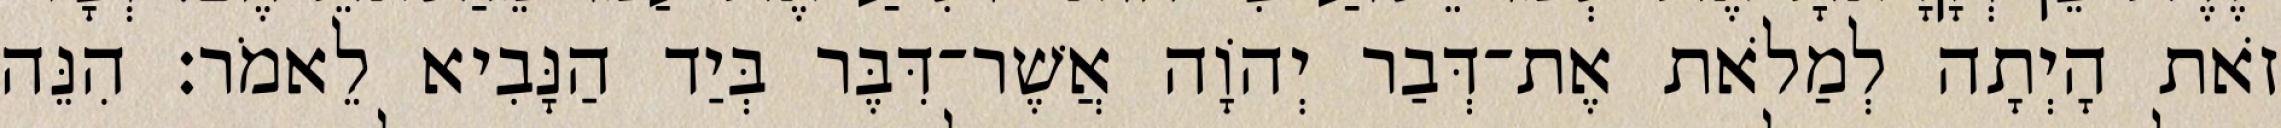
זֹאת הָיְתָה לְמַלֹאת אֶת־דְּבַר יְהוָֹה אֲשֶׁר־דִּבֶּר בְּיַד הַנָּבִיא לֵאמֹר׃ הִנֵּה